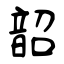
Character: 韶